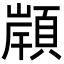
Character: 𩓤